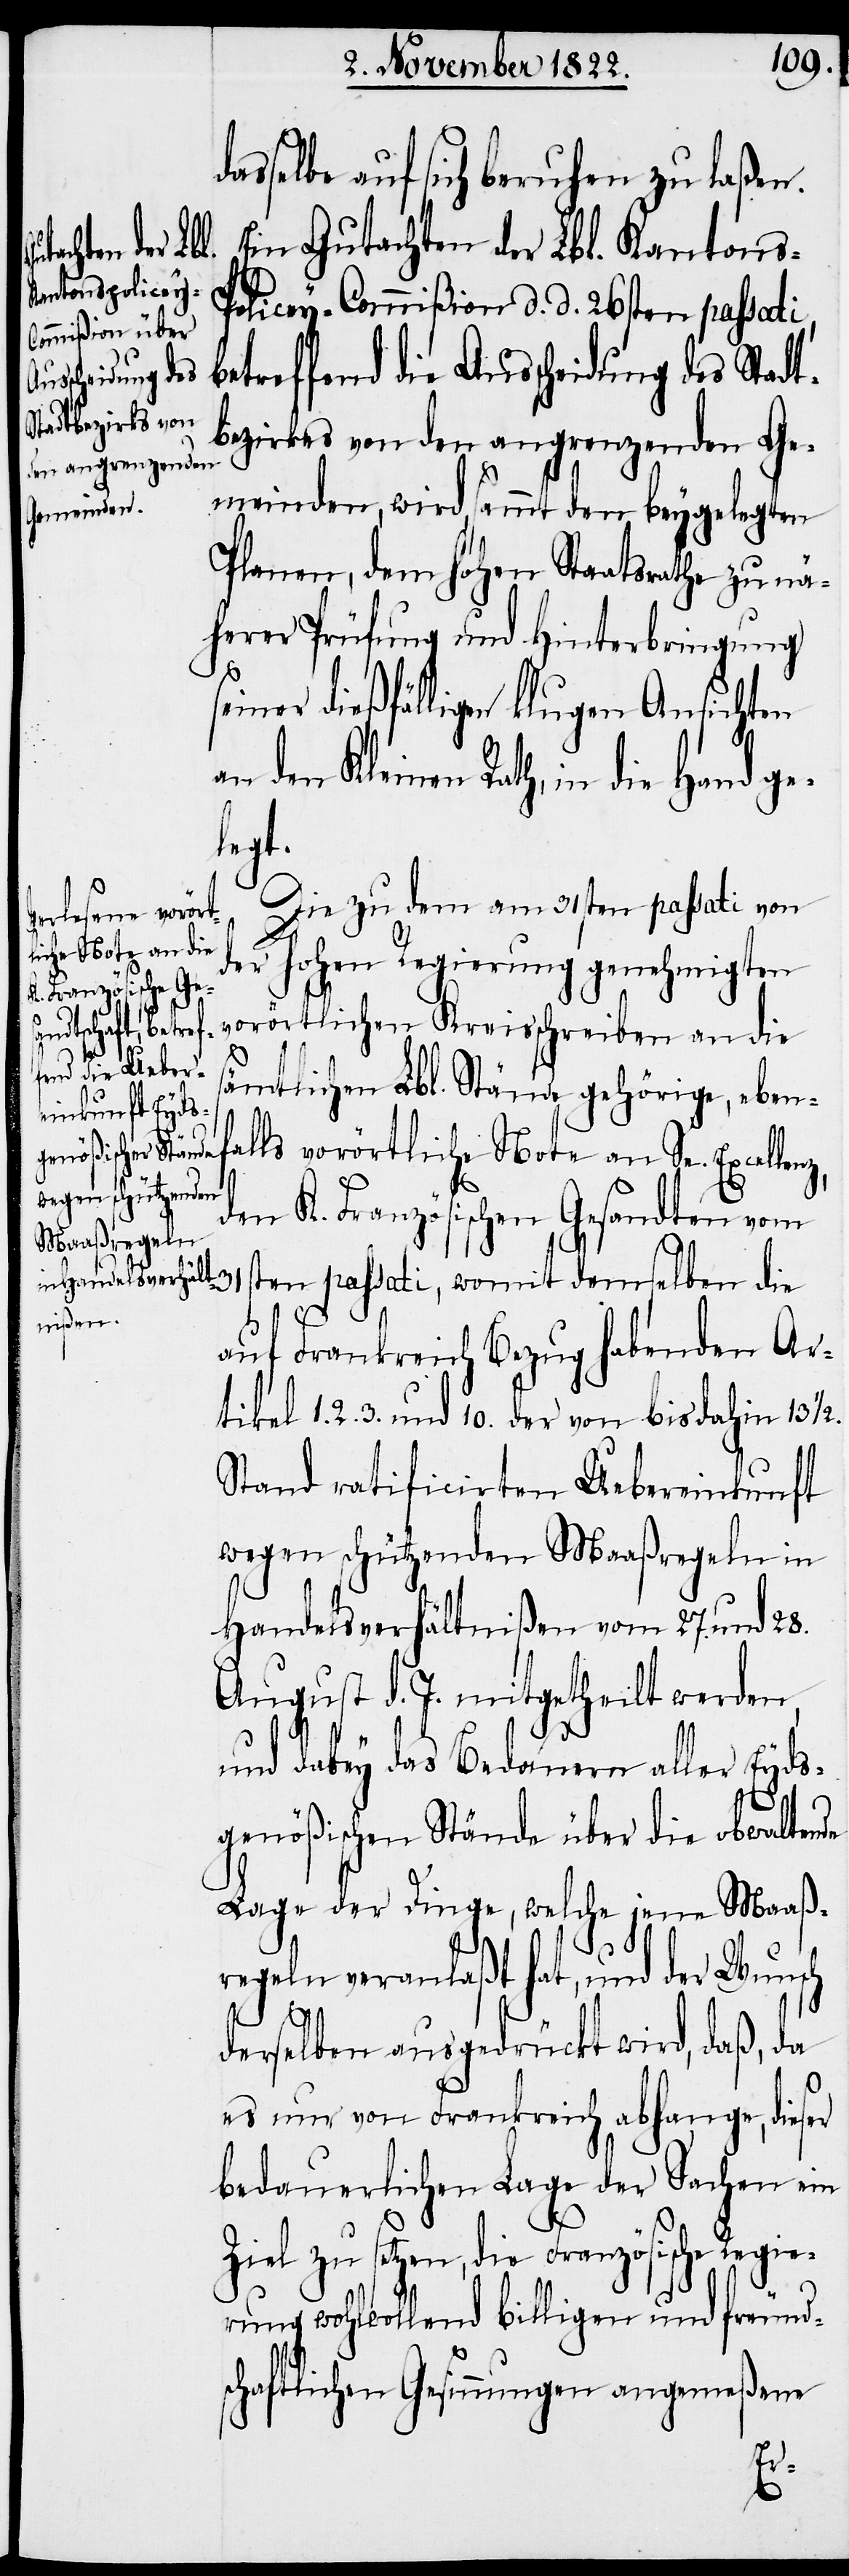
asselbe auf sich beruhen zu laßen.
Ein Gutachten der Lbl. Kantons-P¬
olicey-Commißion d. d. 26sten passati,
scheidung des
Stadtbezirkes von
den angrenzenden
Ge¬
meinden, wird sammt den beygelegten
Planen, dem hohen Staaatsrathe zu nä¬
herer Prüfung und Hinterbringung
ner dießfälligen klugen Ansichten
an den Kleinen Rath, in die Hand ge¬
legt.
Die zu dem am 31sten passati von
der hohen Regierung genehmigten
vorörtlichen Kreisschreiben an die
s¬
ämtlichen Lbl. Stände gehörige, eben¬
falls vorörtliche Note an Se. Excelle¬
den K. Französischen Gesanten vom
31sten passati, womit demselben die
auf Frankreich Bezug habenden Ar¬
tikel 1. 2. 3. und 10. der von bisdahin 13 1/2.
Stand ratificirten Uebereinkunft
wegen schützenden Maaßregeln in
Handelsverhältnißen vom 27. und 28.
August d. J. mitgetheilt werden,
und dabey das Bedauern aller Eyds¬
nz,
genößischen Stände über die obwaltende
Lage der Dinge, welche jene Maaß¬
regeln veranlaßt hat, und der Wunsch
derselben ausgedrückt wird, daß, da
es nur von Frankreich abhange, dieser
bedauerlichen Lage der Sachen ein
Ziel zu setzen, die Französische Regie¬
rung wohlwollend billigen und freund¬
schaftlichen Gesinnungen angemeßene
sei¬